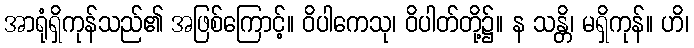
အာရုံရှိကုန်သည်၏ အဖြစ်ကြောင့်။ ဝိပါကေသု၊ ဝိပါတ်တို့၌။ န သန္တိ၊ မရှိကုန်။ ဟိ၊